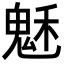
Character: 𩲷